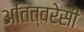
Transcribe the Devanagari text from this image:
अतित्वरेसी